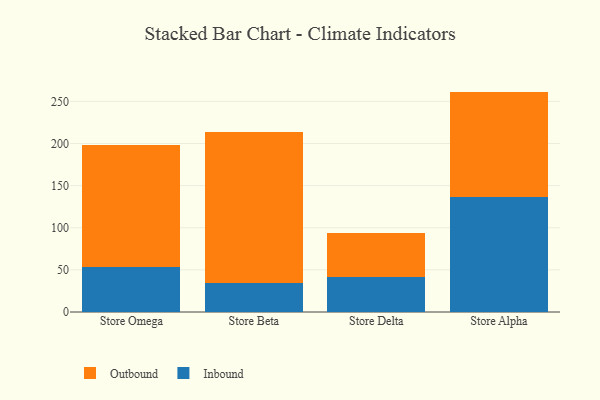
{"axis": {"x": "Store", "y": "Budget (USD K)"}, "legend": ["Inbound", "Outbound"], "data": [{"x": "Store Omega", "y": 53.9, "type": "Inbound"}, {"x": "Store Omega", "y": 143.8, "type": "Outbound"}, {"x": "Store Beta", "y": 34.5, "type": "Inbound"}, {"x": "Store Beta", "y": 179.5, "type": "Outbound"}, {"x": "Store Delta", "y": 41.4, "type": "Inbound"}, {"x": "Store Delta", "y": 52.7, "type": "Outbound"}, {"x": "Store Alpha", "y": 136.1, "type": "Inbound"}, {"x": "Store Alpha", "y": 125.5, "type": "Outbound"}]}